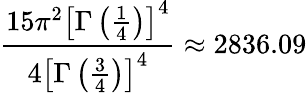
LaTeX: \displaystyle\frac{15\pi^{2}\left[\Gamma\left(\frac{1}{4}\right)\right]^{4}}{4\left[\Gamma\left(\frac{3}{4}\right)\right]^{4}}\approx 2836.09